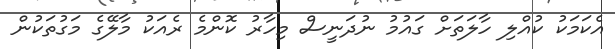
އެކަމަކު ކުއްލި ހާލަތަށް ގައުމު ނުދަނީސް މިހާރު ކޮންމެ ރެއަކު މާލޭގެ މަގުތަކުން